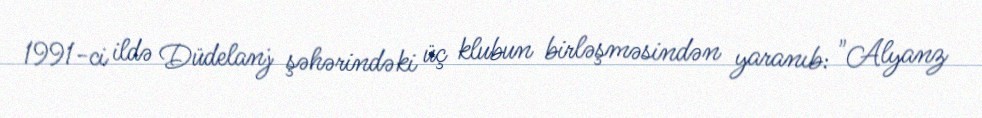
1991-ci ildə Düdelanj şəhərindəki üç klubun birləşməsindən yaranıb: "Alyanz